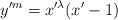
LaTeX: \begin{align*} y'^m=x'^{\lambda}(x'-1)\end{align*}